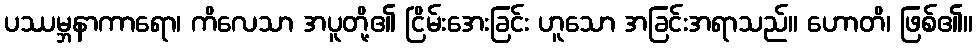
ပဿမ္ဘနာကာရော၊ ကိလေသာ အပူတို့၏ ငြိမ်းအေးခြင်း ဟူသော အခြင်းအရာသည်။ ဟောတိ၊ ဖြစ်၏။